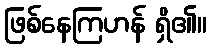
ဖြစ်နေကြဟန် ရှိ၏။